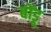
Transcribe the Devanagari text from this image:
बोंडू